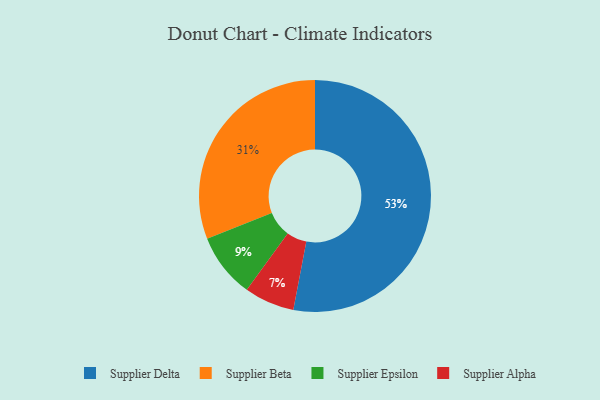
{"axis": {"x": "Category", "y": "Percentage"}, "legend": ["Supplier Alpha", "Supplier Beta", "Supplier Delta", "Supplier Epsilon"], "data": [{"x": "Supplier Beta", "y": 31, "type": "Supplier Beta"}, {"x": "Supplier Alpha", "y": 7, "type": "Supplier Alpha"}, {"x": "Supplier Delta", "y": 53, "type": "Supplier Delta"}, {"x": "Supplier Epsilon", "y": 9, "type": "Supplier Epsilon"}]}